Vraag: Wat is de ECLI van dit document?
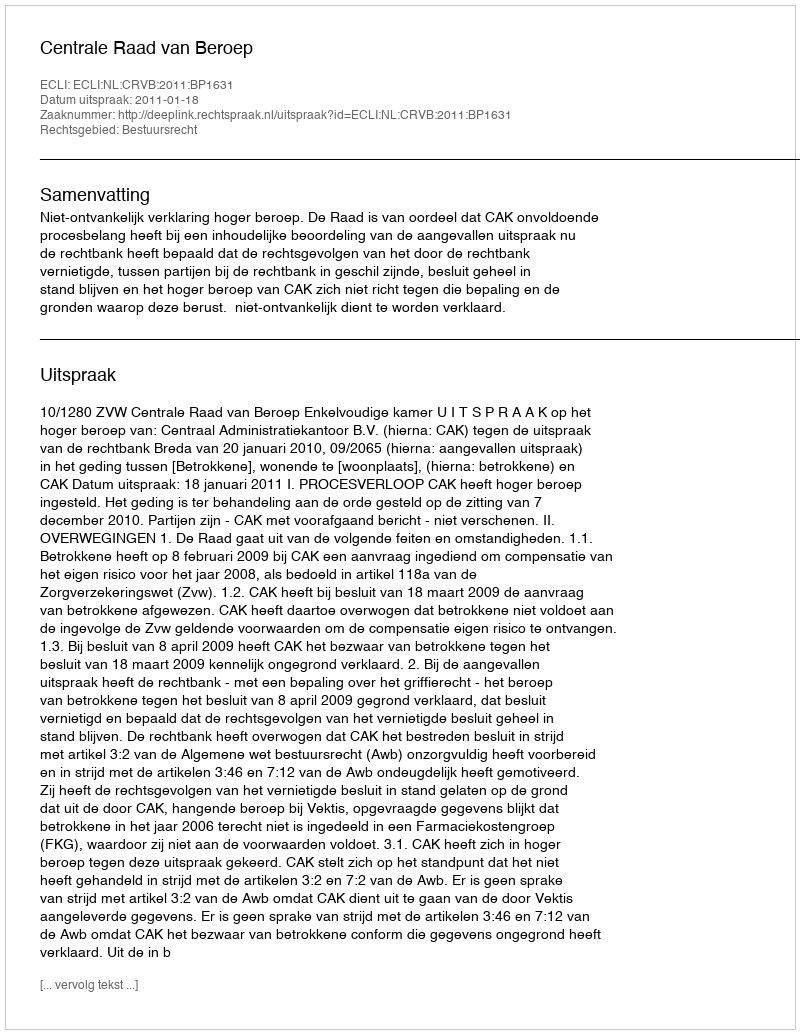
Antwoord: ECLI:NL:CRVB:2011:BP1631